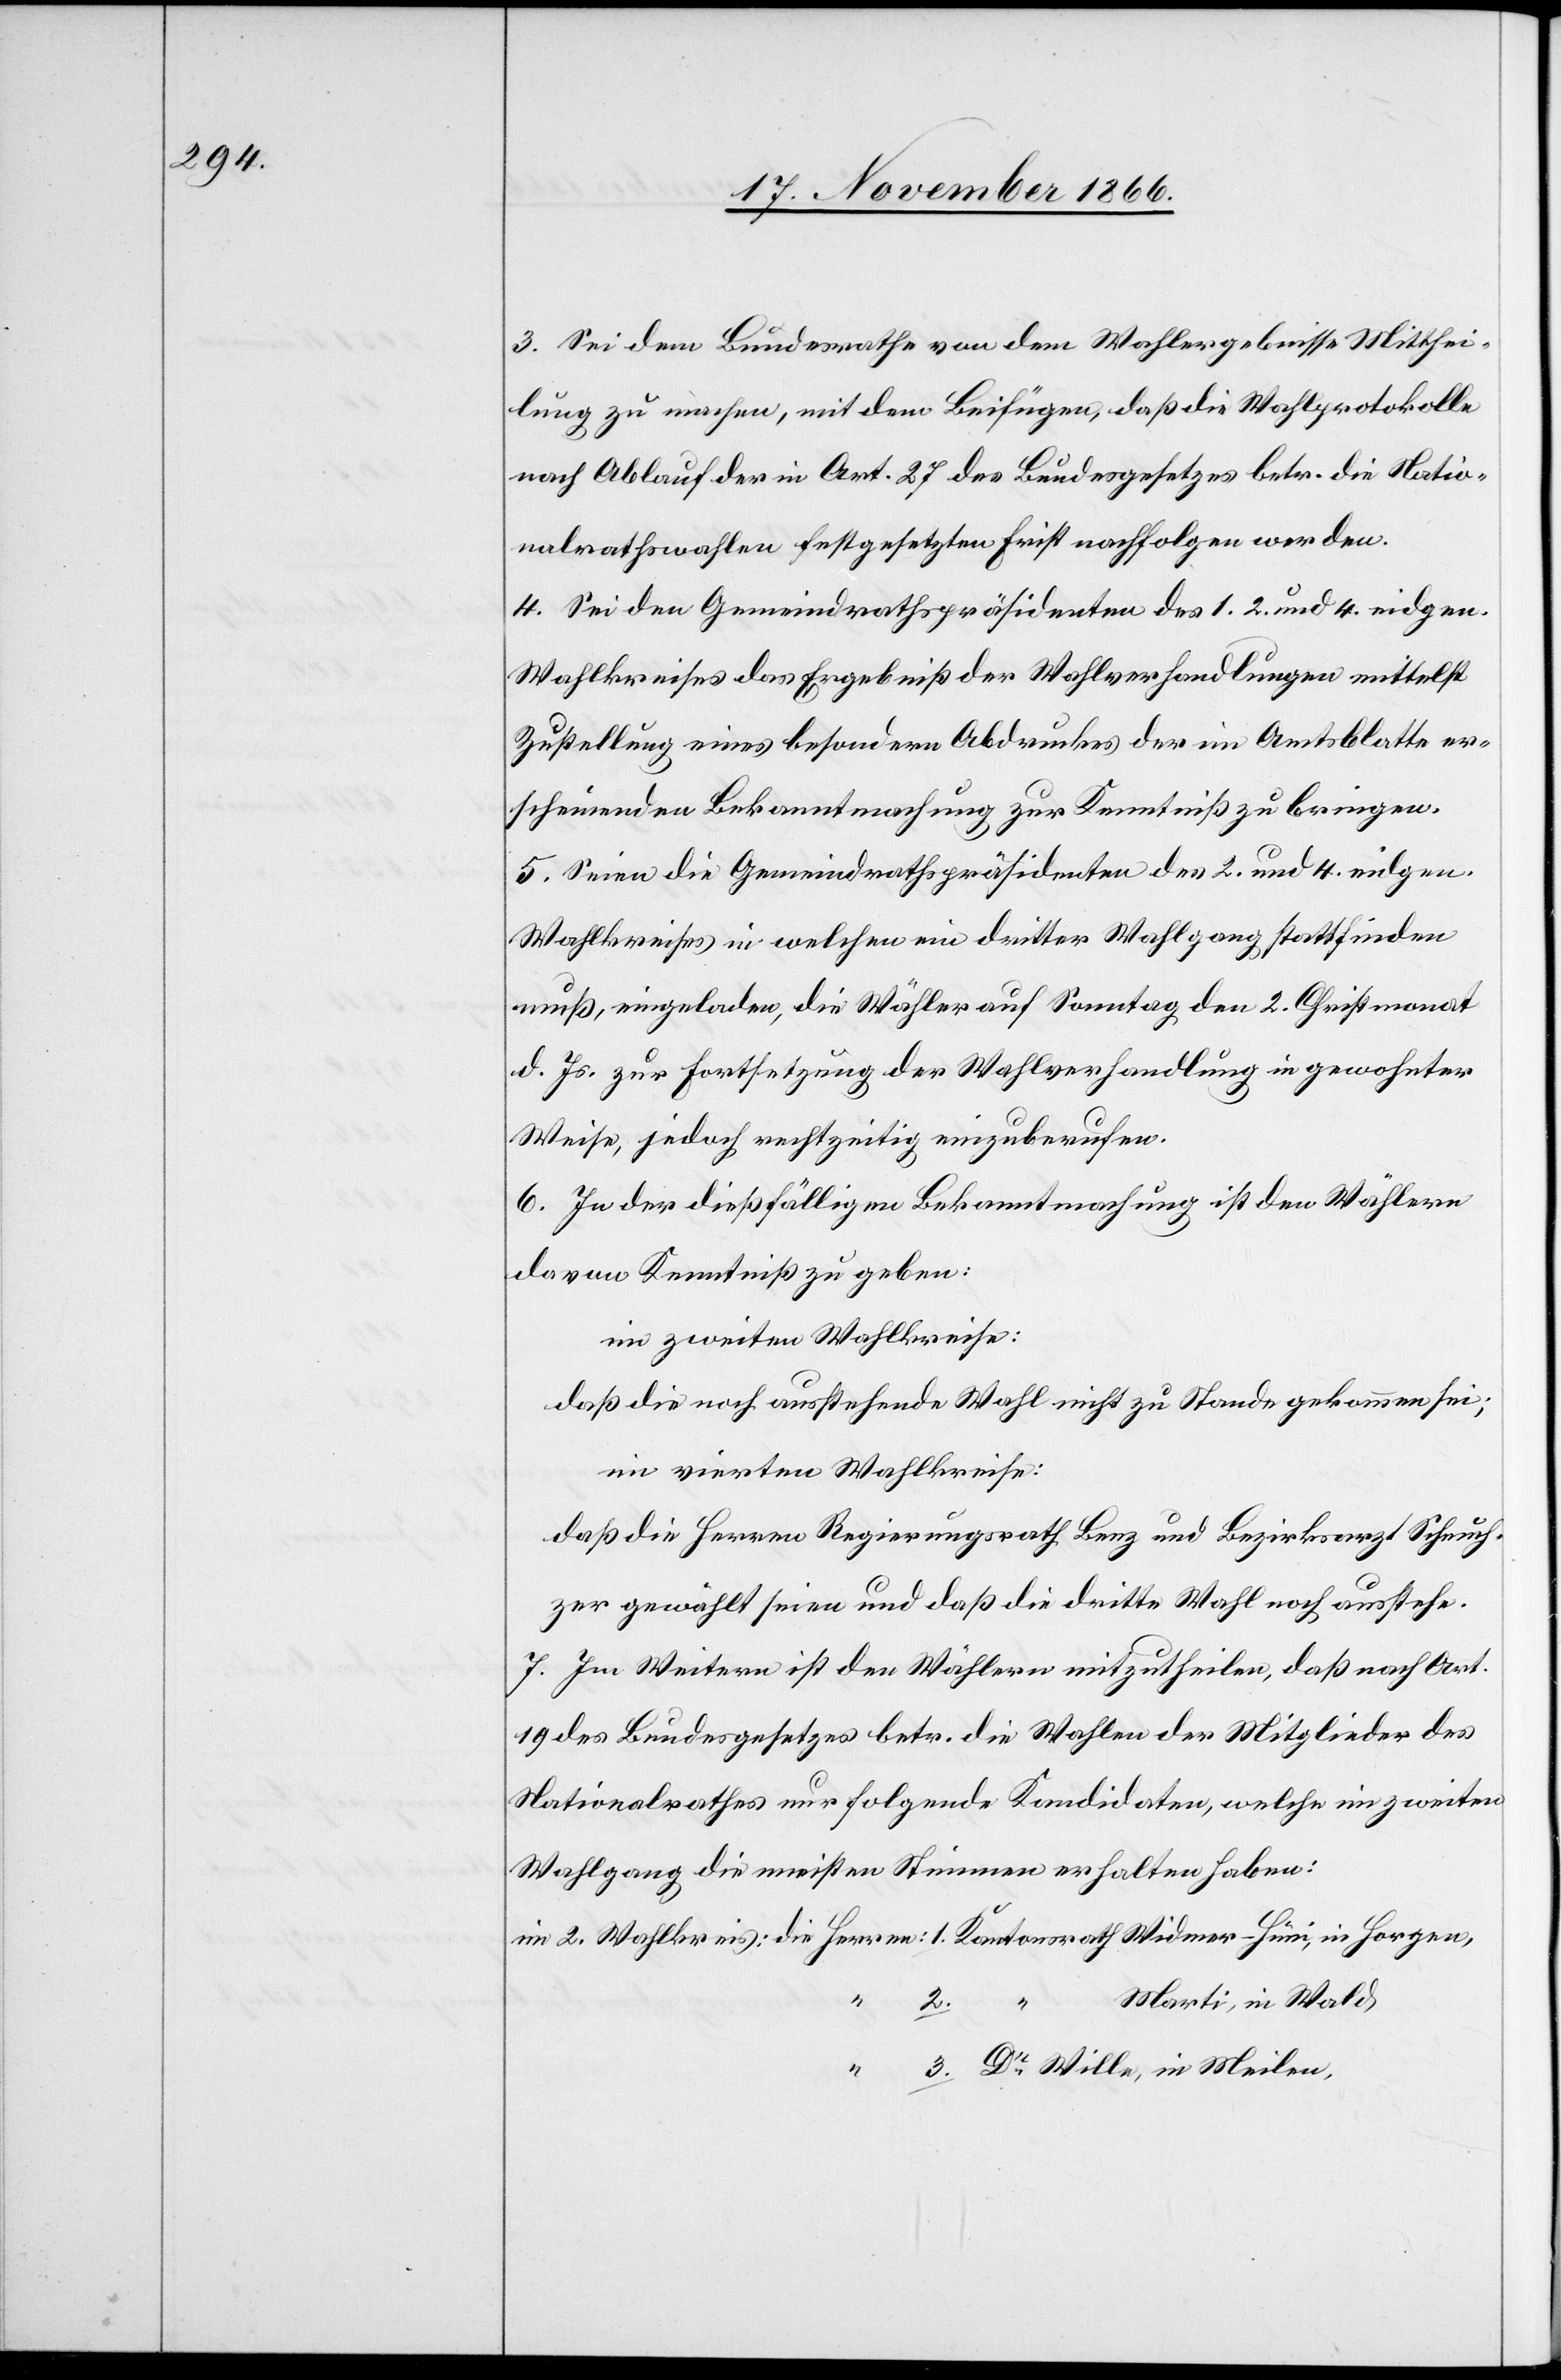
3. Sei dem Bundesrathe von dem Wahlergebnisse Mitthei¬
lung zu machen, mit dem Beifügen, daß die Wahlprotokolle
nach Ablauf der in Art. 27 des Bundesgesetzes betr. die Natio¬
nalrathswahlen festgesetzten Frist nachfolgen werden.
4. Sei den Gemeindrathspräsidenten des 1. 2. und 4. eidgen.
Wahlkreises das Ergebniß der Wahlverhandlungen mittelst
Zustellung eines besondern Abdruckes der im Amtsblatte er¬
scheinenden Bekanntmachung zur Kenntniß zu bringen.
5. Seien die Gemeindrathspräsidenten des 2. und 4. eidgen.
Wahlkreises in welchen ein dritter Wahlgang stattfinden
muß, eingeladen, die Wähler auf Sonntag den 2. Christmonat
d. Js. zur Fortsetzung der Wahlverhandlung in gewohnter
Weise, jedoch rechtzeitig einzuberufen.
6. In der dießfälligen Bekanntmachung ist den Wählern
davon Kenntniß zu geben:
im zweiten Wahlkreise:
daß die noch ausstehende Wahl nicht zu Stande gekommen sei;
im vierten Wahlkreise:
daß die Herren Regierungsrath Benz und Bezirksarzt Scheuch¬
zer gewählt seien und daß die dritte Wahl noch anstehe.
7. Im Weitern ist den Wählern mitzutheilen, daß nach Art.
19 des Bundesgesetzes betr. die Wahlen der Mitglieder des
Nationalrathes nur folgende Kandidaten, welche im zweiten
Wahlgang die meisten Stimmen erhalten haben:
im 2. Wahlkreis: die Herren: 1. Kantonsrath Widmer-Hüni, in Horgen
Marti, in Wald
3. Dr. Wille, in Meilen
“ 2.